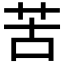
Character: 苦